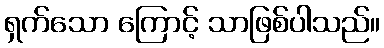
ရှက်သော ကြောင့် သာဖြစ်ပါသည်။